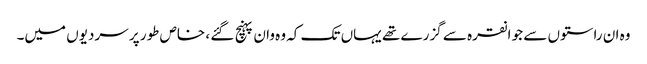
وہ ان راستوں سے جو انقرہ سے گزرے تھے یہاں تک کہ وہ وان پہنچ گئے ، خاص طور پر سردیوں میں۔